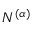
N ^ { ( \alpha ) }